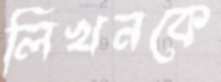
লিখনকে